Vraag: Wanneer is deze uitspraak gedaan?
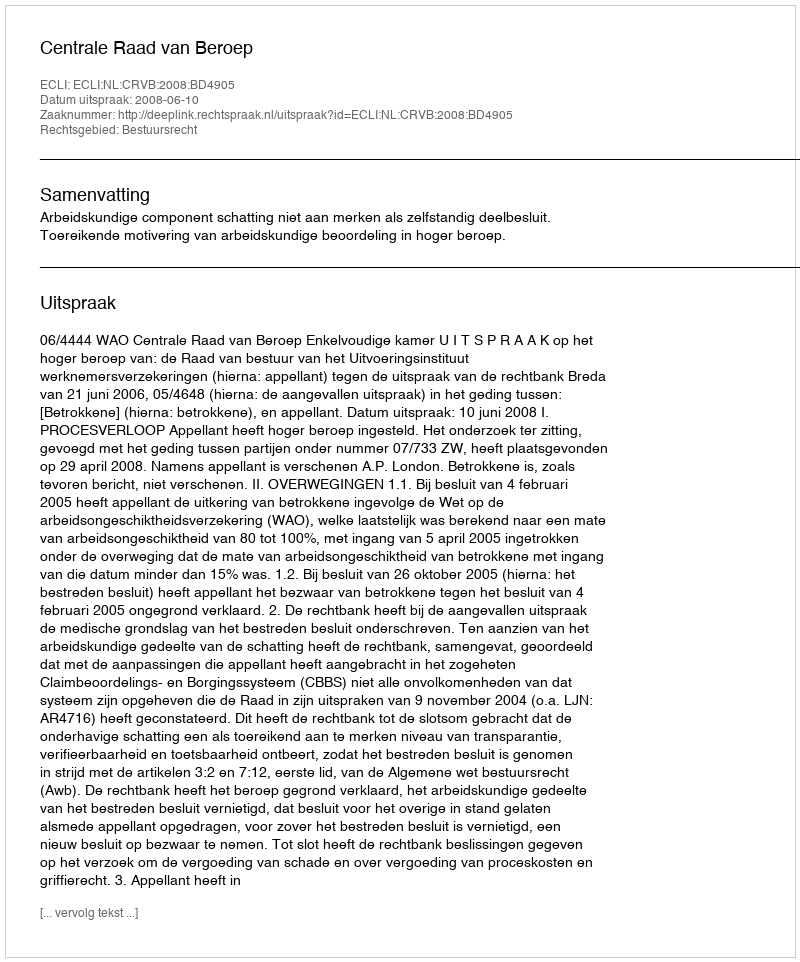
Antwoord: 2008-06-10